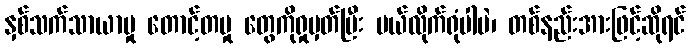
နှစ်သက်သာယာမှု တောင့်တမှု တွေကိုရှုမှတ်ပြီး ပယ်လိုက်ရုံပါပဲ၊ တစ်နည်းအားဖြင့်ဆိုရင်